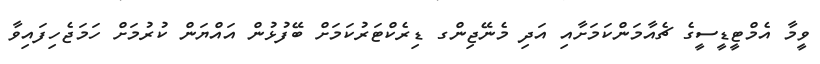
ވީމާ އެމްޓީޑީސީގެ ޗެއާމަންކަމަށާއި އަދި މެނޭޖިންގ ޑިރެކްޓަރުކަމަށް ބޭފުޅުން އައްޔަން ކުރުމަށް ހަމަޖެހިފައިވާ